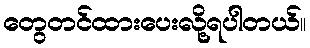
တွေတင်ထားပေးလို့ရပါတယ်။